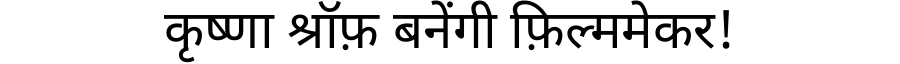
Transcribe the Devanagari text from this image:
कृष्णा श्रॉफ़ बनेंगी फ़िल्ममेकर!